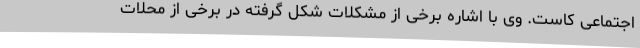
اجتماعی کاست. وی با اشاره برخی از مشکلات شکل گرفته در برخی از محلات